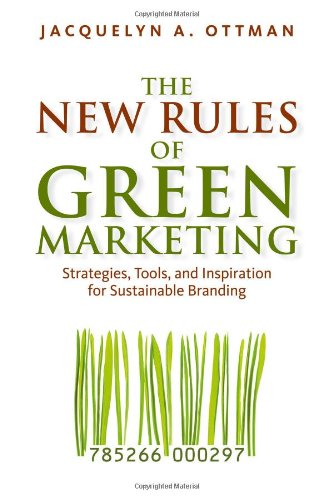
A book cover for The New Rules of Green Marketing: Strategies, Tools, and Inspiration for Sustainable Branding; Jacquelyn Ottman; Business & Money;